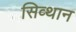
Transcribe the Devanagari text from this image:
सिव्थान